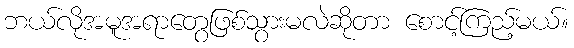
ဘယ်လိုအမူအရာတွေဖြစ်သွားမလဲဆိုတာ စောင့်ကြည့်မယ်။